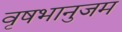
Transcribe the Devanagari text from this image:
वृषभानुजम